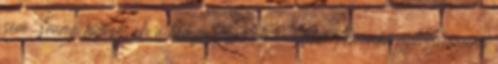
zene Trump fülének, aki a kampányban úton-útfélen Amerika gyengeségeiről